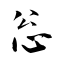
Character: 忩